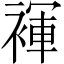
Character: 褌